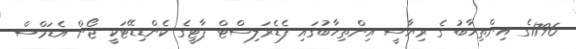
1796ގެ އިންތިޚާބު ގެ ރިޔާސީ އިންތިޚާބުގައި ފެޑެރަލިސްޓް ޕާޓީގެ ކެންޑިޑޭޓަކީ ޖޯން އެޑަމްސް